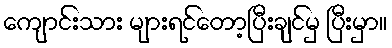
ကျောင်းသား များရင်တော့ပြီးချင်မှ ပြီးမှာ။